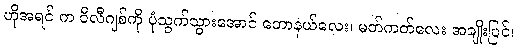
ဟိုအရင် က ဝီလီဂျစ်ကို ပုံသွက်သွားအောင် ဘောနယ်လေး၊ မတ်ကတ်လေး အချိုးပြင်၊